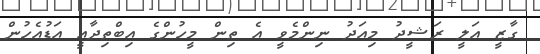
ގާޒީ އަލީ ރަޝީދު މިއަދު ނިންމެވީ އެ ތިން މީހުންގެ އިބްތިދާއީ އަޑުއެހުން